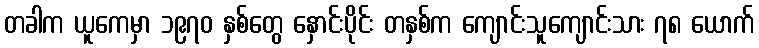
တခါက ယူကေမှာ ၁၉၇၀ နှစ်တွေ နှောင်းပိုင်း တနှစ်က ကျောင်းသူကျောင်းသား ၇၈ ယောက်